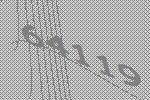
64119